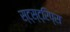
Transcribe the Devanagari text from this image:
स्ट्स्ट्रिप्स